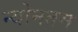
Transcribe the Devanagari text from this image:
न्योनतम